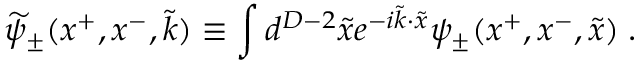
\widetilde { \psi } _ { \pm } ( x ^ { + } , x ^ { - } , \widetilde { k } ) \equiv \int d ^ { D - 2 } \widetilde { x } e ^ { - i \widetilde { k } \cdot \widetilde { x } } \psi _ { \pm } ( x ^ { + } , x ^ { - } , \widetilde { x } ) \; .